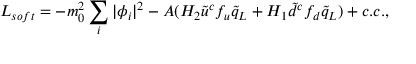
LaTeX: { \cal L } _ { s o f t } = - m _ { 0 } ^ { 2 } \sum _ { i } | \phi _ { i } | ^ { 2 } - A ( H _ { 2 } \tilde { u } ^ { c } f _ { u } \tilde { q } _ { L } + H _ { 1 } \tilde { d } ^ { c } f _ { d } \tilde { q } _ { L } ) + c . c . ,